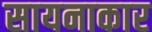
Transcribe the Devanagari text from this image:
सायनाकार